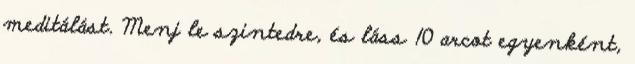
meditálást. Menj le szintedre, és láss 10 arcot egyenként,